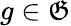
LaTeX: g\in\mathfrak{G}